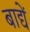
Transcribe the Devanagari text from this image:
बाद्यें